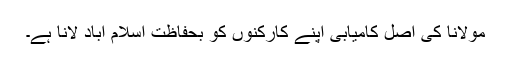
مولانا کی اصل کامیابی اپنے کارکنوں کو بحفاظت اسلام آباد لانا ہے۔